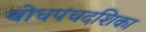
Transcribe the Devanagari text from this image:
बोधपंचदशिका